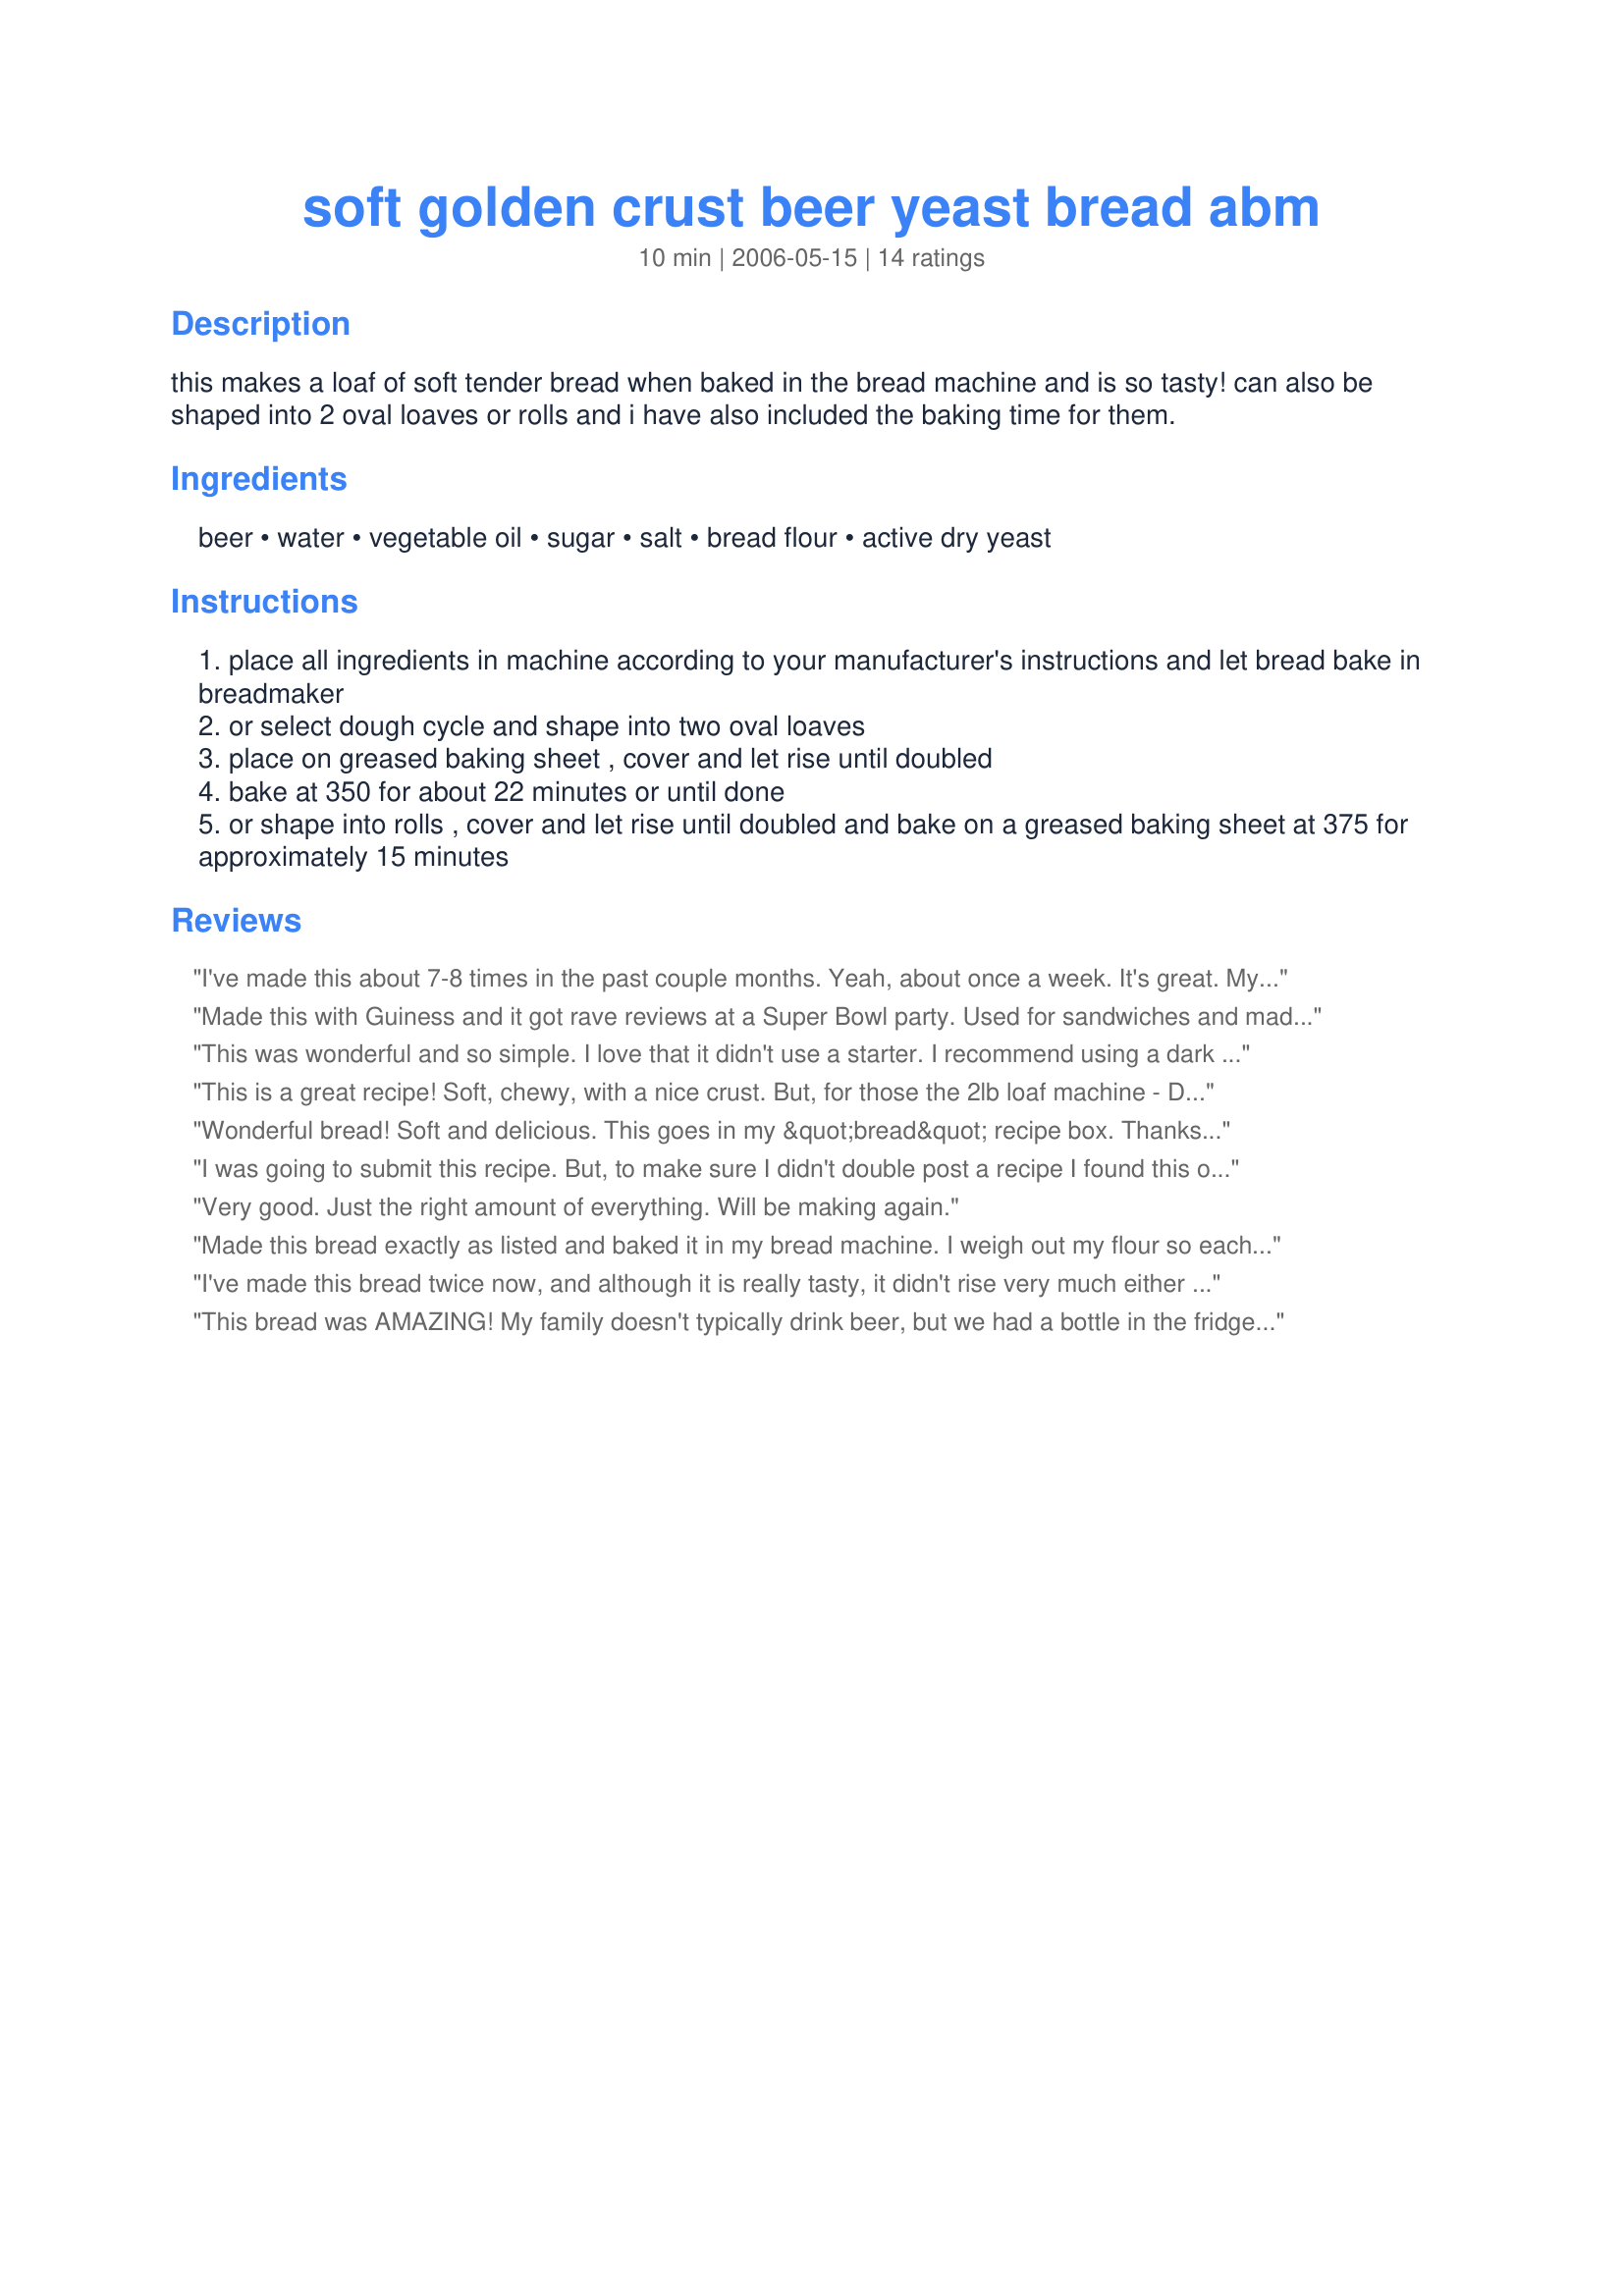
soft golden crust beer yeast bread abm
Preparation time: 10 minutes

this makes a loaf of soft tender bread when baked in the bread machine and is so tasty! can also be shaped into 2 oval loaves or rolls and i have also included the baking time for them.

Ingredients:
beer, water, vegetable oil, sugar, salt, bread flour, active dry yeast

Steps:
place all ingredients in machine according to your manufacturer's instructions and let bread bake in breadmaker
or select dough cycle and shape into two oval loaves
place on greased baking sheet , cover and let rise until doubled
bake at 350 for about 22 minutes or until done
or shape into rolls , cover and let rise until doubled and bake on a greased baking sheet at 375 for approximately 15 minutes

Reviews:
I've made this about 7-8 times in the past couple months. Yeah, about once a week. It's great. My husband loves it. I had some beer in the fridge. I don't like beer. Took the beer out after the first batch so it would be room temp. Went out and bought some beer this past weekend. The bread is light, has a fine crumb, soft crust, really good for sandwiches and toasts beautifully. Does not taste like beer. Doesn't seem to matter what kind/color of beer. I made this exactly as written the first couple times. In the ABM and in the oven. I tried this weekend increasing the ingredients by 1/2 (except the salt and yeast) and it fit perfectly in my large Pullman pan. Came out pretty good! This is my new favorite bread recipe. It's a keeper!
Made this with Guiness and it got rave reviews at a Super Bowl party. Used for sandwiches and made in bread machine for the dough then in the oven to finish. The beer flavor went unnoticed but it did have a nice aroma while rising!
This was wonderful and so simple. I love that it didn't use a starter. I recommend using a dark or strong flavored beer to get a stronger beer flavor. I used Miller and it was not "beery" enough. It was wonderfully soft, and my family loved it.
This is a great recipe! Soft, chewy, with a nice crust.

But, for those the 2lb loaf machine - DO NOT TRY TO SCALE UP! This loaf expands a lot, so on my first attempt to make this as a 2lb loaf, I burnt it to lid of my machine.

Yummy recipe :) Thank you!
Wonderful bread! Soft and delicious. This goes in my &quot;bread&quot; recipe box. Thanks so much!
I was going to submit this recipe. But, to make sure I didn't double post a recipe I found this one. The only difference in this one and mine, is that mine uses 1 teaspoon of lemon juice as a dough enhancer. This is a very nice, soft, chewy bread with a very nice crust. Perfect for sandwiches. It has a nice flavor to it and although I have only used light colored beers I am sure darker beer would be just as good. The beer flavor is not noticable, if you don't mention it will go un-noticed. The beer adds a certain quality to the bread. It's a very good bread recipe and I highly recomend it. It is the only one I have found on Zaar like mine, thanks a lot Marie....Ha ha, just kidding.
Very good. Just the right amount of everything. Will be making again.
Made this bread exactly as listed and baked it in my bread machine. I weigh out my flour so each time I make bread, it's always the same. In this recipe the flour is 423g.
It turned out picture perfect and delicious. My husband raved about it with every piece he devoured.
I've made this bread twice now, and although it is really tasty, it didn't rise very much either time. I'm not sure why as I didn't do anything different from the recipe or my usual way of making bread, but we still enjoyed it!
This bread was AMAZING! My family doesn't typically drink beer, but we had a bottle in the fridge and I thought I would try this recipe. It was a light german beer. I did the whole thing in the bread machine (didn't transfer to the oven) and upped the yeast to 3 tsp. It turned out beautifully. It was light and chewy and rose perfectly. The perfect sandwich bread. I will definitely be buying more beer so I can do this one again!
I wish I could give this bread 10 stars!! It is possibly the best bread I've *ever* had! The interior was soft, chewy and tasty, and the crust was perfect. The whole family loved it. I will be making this bread A LOT from now on. I used a light ale this time, but I can't wait to experiment with some darker beers as well. Thank you so very much for posting it! Update: excellent with a dark honey ale/beer as well. I usually use 1 1/4c of wheat flour and 2 c bread flour now. I've baked it in the bread machine and in a loaf pan in the oven. Both are incredible, but I think we like the oven version a little better. This bread makes incredible toast as well. I currently make it at least once a week and sometimes more.
This Bread is great ! I made the dough in my Bread Machine, but then baked it in two small loaf pans in a 350 oven for about 25-30 minutes until golden brown and sounds hollow when tapped with finger. This bread has a wonderful texture and the taste, um um good!
I will make this again. Thanks Marie for sharing this keeper.
10 STARS all the way! Great stuff. Light, fluffy, flavorful, PERFECT. Made mine with Leinenkugel's Honey Weiss beer. I couldn't really taste the beer, but it was a wonderful yeasty white bread. Will definitely make this again. Perfect size loaf for my bread maker. Can't say enough good things about this bread! Enjoyed it warm with Recipe #382504 for a great vegetarian dinner. THANKS!
This is fabulous. Soft so kids and Wonder-lovers love it, not crumbly at all. The flavor is nice - nothing over-bearing about it. Toasts wonderfully. I am not a big beer fan so bought some I wouldn't mind drinking - a "sunset wheat" but as you don't taste it not sure it makes a difference. However I will be keeping beer around now. You can either drink the unused 4oz of beer and let the rest warm or let your pork chops marinate in it so its not wasted. Best in the oven for me..though I have a full size breadmaker, it grew a bit too much for it.
